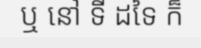
ឬ នៅ ទី ដទៃ ក៏